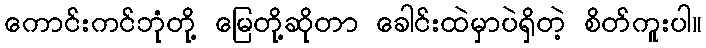
ကောင်းကင်ဘုံတို့ မြေတို့ဆိုတာ ခေါင်းထဲမှာပဲရှိတဲ့ စိတ်ကူးပါ။